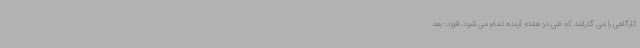
کارگاهی را می گذرانند که طی دو هفته آینده تمام می شود، افزود: بعد